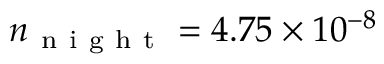
n _ { \mathrm { ~ n ~ i ~ g ~ h ~ t ~ } } = 4 . 7 5 \times 1 0 ^ { - 8 }